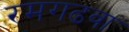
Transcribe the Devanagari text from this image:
रमगढवा